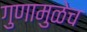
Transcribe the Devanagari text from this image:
गुणामुळेच